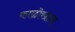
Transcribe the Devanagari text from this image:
काळोखाला